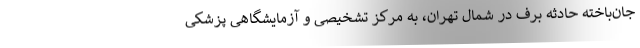
جان‌باخته حادثه برف در شمال تهران، به مرکز تشخیصی و آزمایشگاهی پزشکی